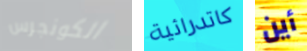
الكونجرس كاتدرائية أين